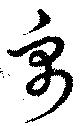
禹